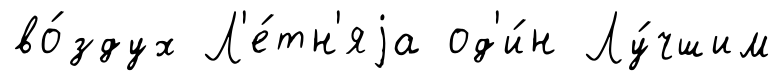
во́здух Л'е́тн'яjа од'и́н Лу́чшим